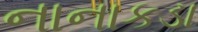
નાનાકડા